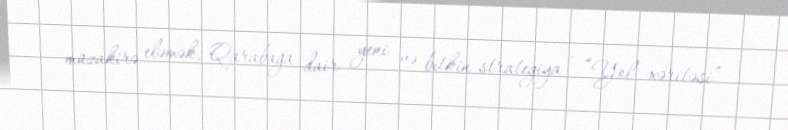
müzakirə eləmək, Qarabağa dair yeni və bitkin strategiya - “Yol xəritəsi”